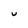
Character: U